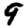
Digit: 9